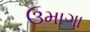
ઉમાગા